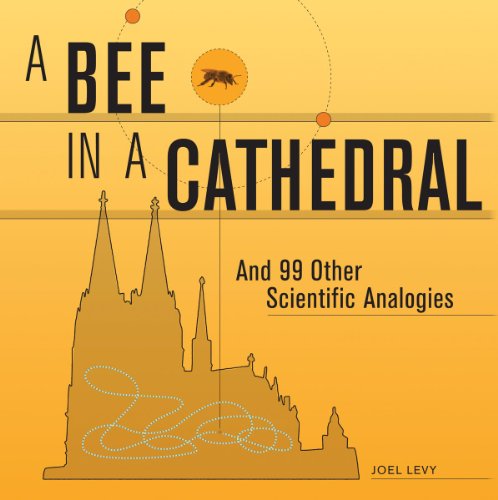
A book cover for A Bee in a Cathedral: And 99 Other Scientific Analogies; Joel Levy; Science & Math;